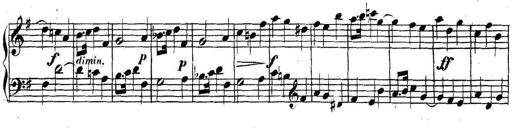
Title: Collected Piano Sonatas
Composer: Muzio Clementi